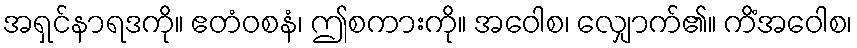
အရှင်နာရဒကို။ ဧတံဝစနံ၊ ဤစကားကို။ အဝေါစ၊ လျှောက်၏။ ကိံအဝေါစ၊